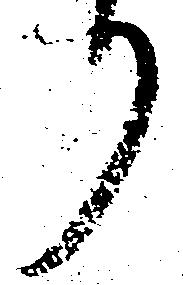
り